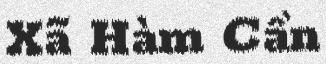
Xã Hàm Cần